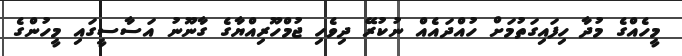
މީހެއްގެ މުދާ ހިފައިގަތުމަށް ހުއްދައެއް ނުކުރޭ ދިވެހި ޖުމްހޫރިއްޔާގެ ގާނޫނު އަސާސީގައި މީހުންގެ